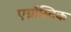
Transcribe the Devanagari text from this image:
एग्नॉस्टिक